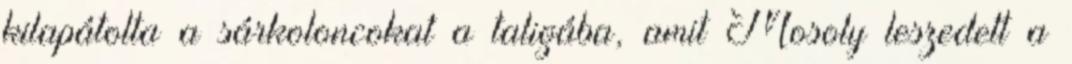
kilapátolta a sárkoloncokat a taligába, amit Mosoly leszedett a